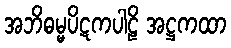
အဘိဓမ္မပိဋကပါဠိ အဋ္ဌကထာ